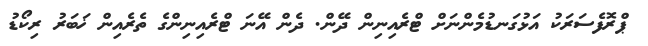
ޕްރޮފެސަރަކު އަޅުގަނޑުމެންނަށް ޓްރެއިނިން ދޭން. ދެން އޭނަ ޓްރެއިނިންގެ ތެރެއިން ޚަބަރު ރިކޯޑު